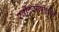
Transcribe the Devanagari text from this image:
रवींद्रसंगीताने